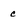
Character: c